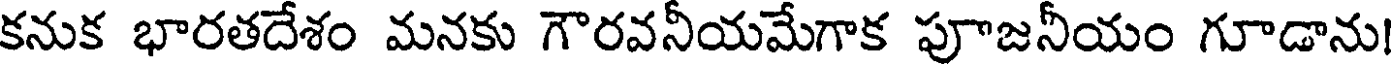
కనుక భారతదేశం మనకు గౌరవనీయమేగాక పూజనీయం గూడాను